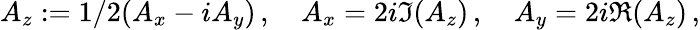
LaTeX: A_{z}:=1/2(A_{x}-iA_{y})\, ,\quad A_{x}=2i\Im(A_{z})\, ,\quad A_{y}=2i\Re(A_{z})\, ,